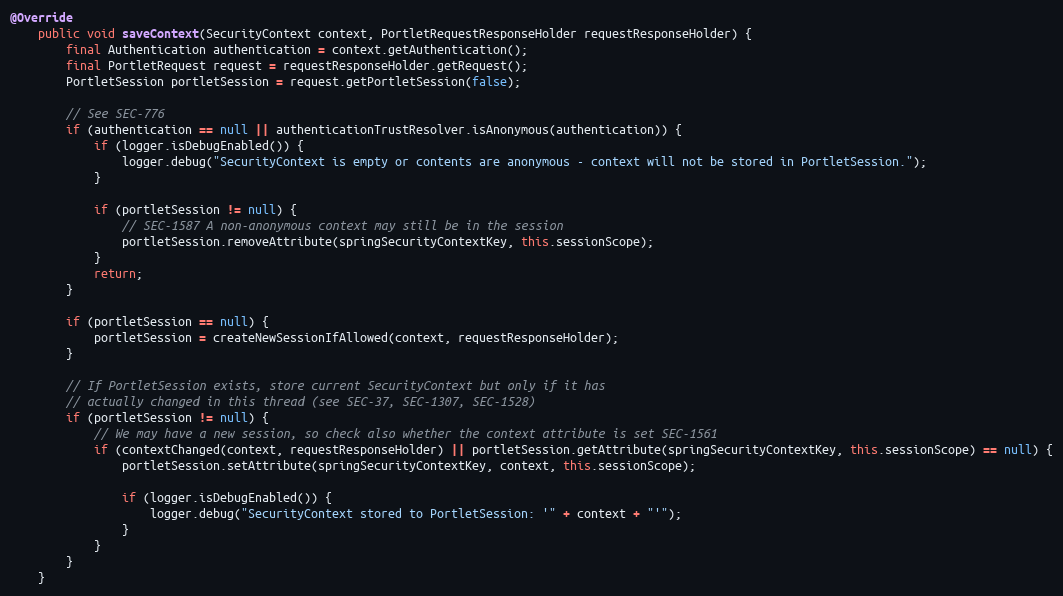
Language: Java
@Override
    public void saveContext(SecurityContext context, PortletRequestResponseHolder requestResponseHolder) {
        final Authentication authentication = context.getAuthentication();
        final PortletRequest request = requestResponseHolder.getRequest();
        PortletSession portletSession = request.getPortletSession(false);

        // See SEC-776
        if (authentication == null || authenticationTrustResolver.isAnonymous(authentication)) {
            if (logger.isDebugEnabled()) {
                logger.debug("SecurityContext is empty or contents are anonymous - context will not be stored in PortletSession.");
            }

            if (portletSession != null) {
                // SEC-1587 A non-anonymous context may still be in the session
                portletSession.removeAttribute(springSecurityContextKey, this.sessionScope);
            }
            return;
        }

        if (portletSession == null) {
            portletSession = createNewSessionIfAllowed(context, requestResponseHolder);
        }

        // If PortletSession exists, store current SecurityContext but only if it has
        // actually changed in this thread (see SEC-37, SEC-1307, SEC-1528)
        if (portletSession != null) {
            // We may have a new session, so check also whether the context attribute is set SEC-1561
            if (contextChanged(context, requestResponseHolder) || portletSession.getAttribute(springSecurityContextKey, this.sessionScope) == null) {
                portletSession.setAttribute(springSecurityContextKey, context, this.sessionScope);

                if (logger.isDebugEnabled()) {
                    logger.debug("SecurityContext stored to PortletSession: '" + context + "'");
                }
            }
        }
    }